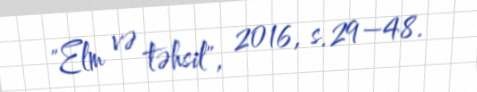
"Elm və təhsil", 2016, s.29–48.